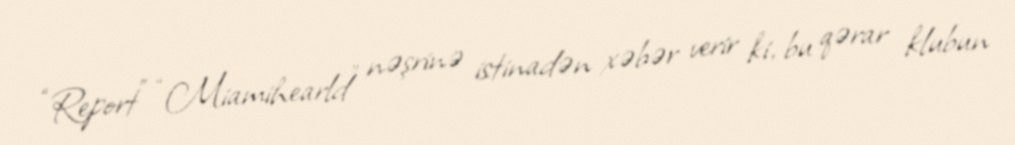
“Report” “Miamihearld” nəşrinə istinadən xəbər verir ki, bu qərar klubun